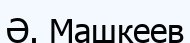
Ә. Машкеев